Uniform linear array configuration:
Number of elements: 24
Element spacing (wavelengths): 0.25
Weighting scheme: exponential
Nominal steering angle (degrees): -45
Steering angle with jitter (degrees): -46.322
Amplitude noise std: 0.05
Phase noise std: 0.05

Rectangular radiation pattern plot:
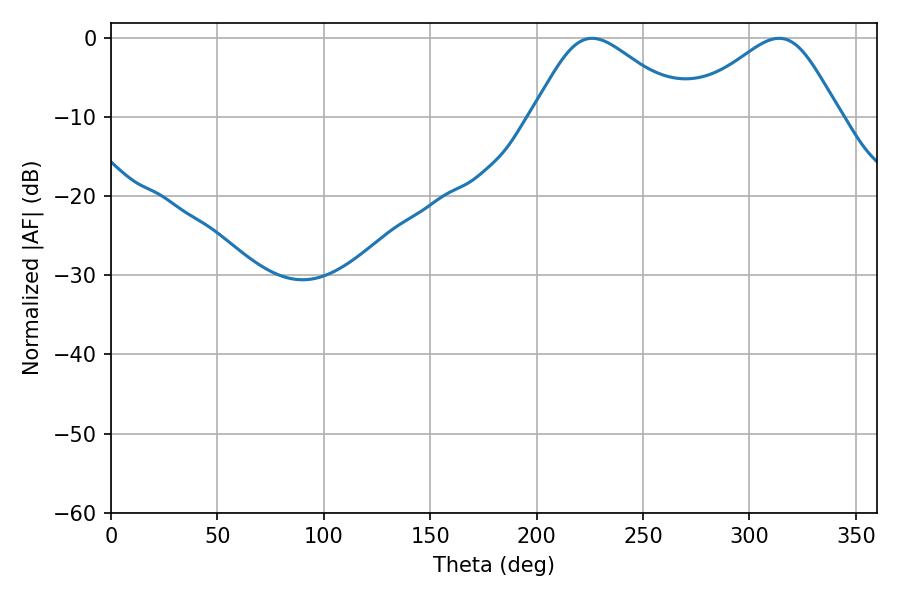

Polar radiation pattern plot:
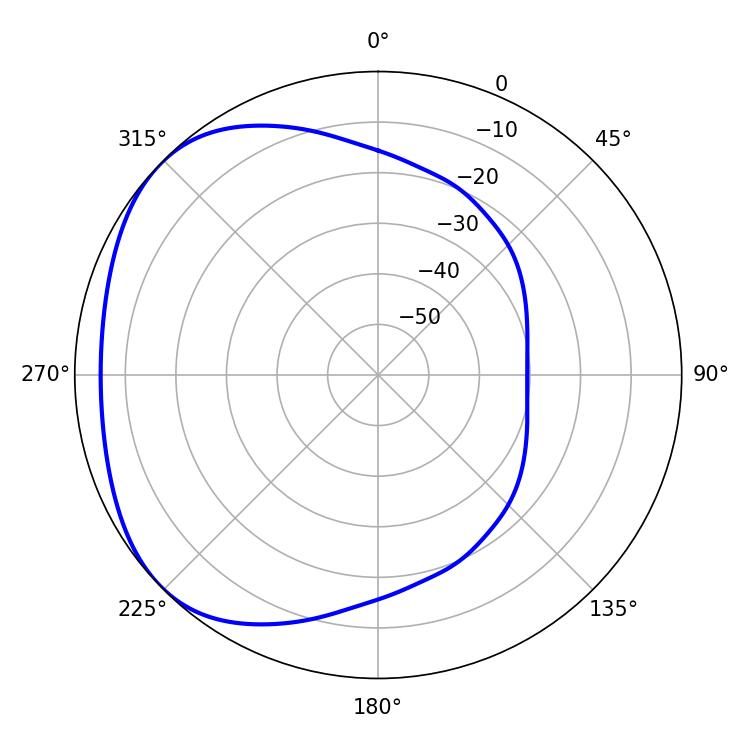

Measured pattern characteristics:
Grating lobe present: FALSE
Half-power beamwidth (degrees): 36.18
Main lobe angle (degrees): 226.08